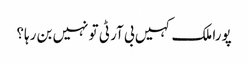
پورا ملک کہیں بی آر ٹی تو نہیں بن رہا؟